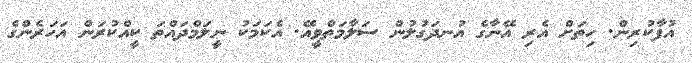
އުފާކުރިން. ހިތަށް އެރި އޭނާގެ އުނދަގުލުން ސަލާމަތްވީއޭ. އެކަމަކު ނީލަމްދައްތަ ކީއްކުރަން އަހަރެންގެ